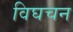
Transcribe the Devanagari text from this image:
विघचन